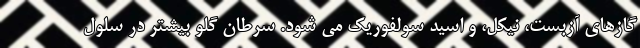
گازهای آزبست، نیکل، و اسید سولفوریک می شود. سرطان گلو بیشتر در سلول